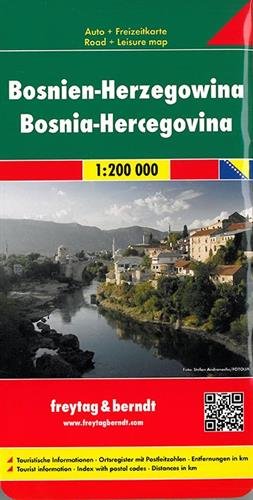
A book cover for Bosnia and Herzegovina FB (English and German Edition); Freytag & Berndt; Travel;